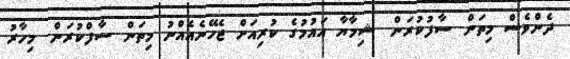
ދެންވެސް މިތަން ސާފުކުރަން. ޝިމާޔާ އައުމުގެ ކުރިއަށް ޖެހޭނެއެއްނު މިތަން ސާފްކުރަން. މިހާރު